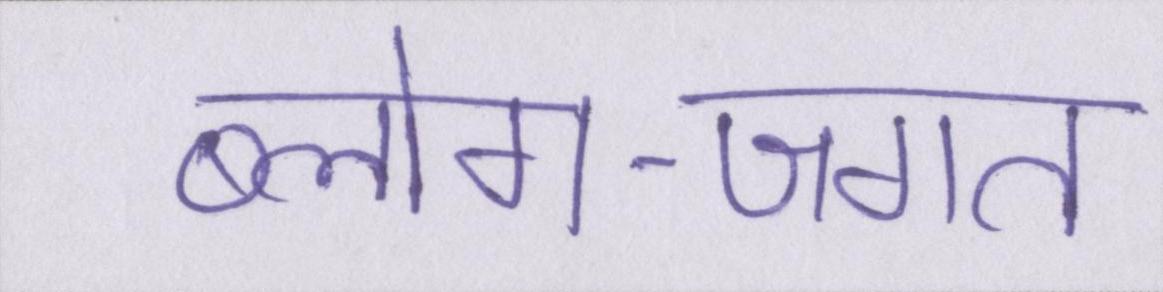
ब्लोग-जगत